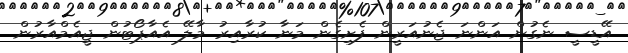
އޭޑީސީ ނެގުން އަންނަ ޖެނުއަރީން ފެށިގެން މަނާ ކުރާއިރު މާލޭ އެއާޕޯޓުން ޖީއެމްއާރުން